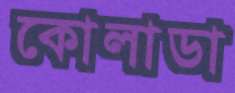
কোলাডা